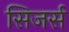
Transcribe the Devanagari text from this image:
सिजर्स